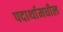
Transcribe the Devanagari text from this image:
पदार्थामधील